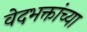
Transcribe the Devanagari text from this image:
वेदभक्तांच्या